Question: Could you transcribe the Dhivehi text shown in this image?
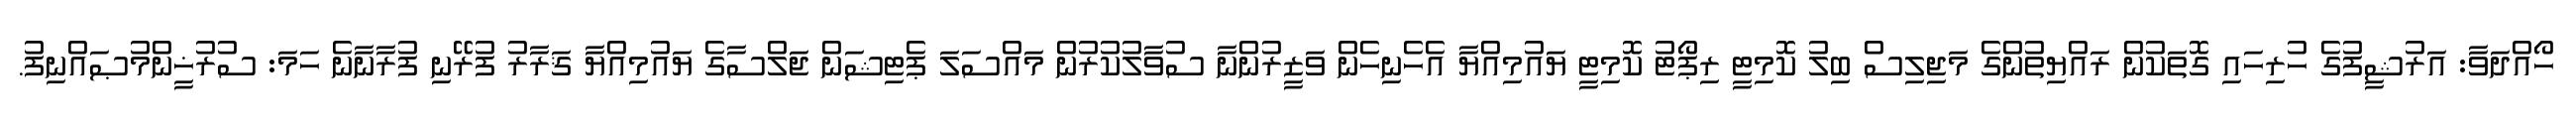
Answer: ހޯއްދަވާ: އަރުޝީފުގެ ހުރިހައި ގޮތަކުން ރައްޔިތުންގެ މަޖިލިސް ބިލު ކޮމިޓީ ރިޕޯޓު ކޮމިޓީ ޔައުމިއްޔާ އެހެނިހެން ވަޒީރުންނާ ސުވާލުކުރުން މައްސަލަ ޕެޓިޝަން ޖަލްސާގެ ޔައުމިއްޔާ ޤަރާރު ފުރޭނި ފުރާނާނެ ހަމަ: ސުރުޚީންމުޞައްނިފު.